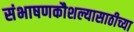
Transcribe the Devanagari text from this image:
संभाषणकौशल्यासाठीच्या